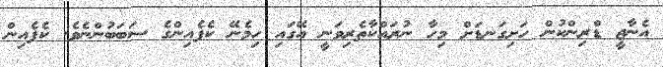
އެނާޖީ ޑްރިންކުން ހަށިގަނޑަށް މިހާ ނުރައްކާތެރިވަނީ އޭގައި ހިމެނޭ ކެފެއިންގެ ސަަބަބުންނެވެ. ކެފެއިން